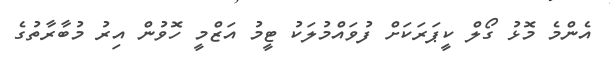
އެންމެ މޮޅު ގޯލް ކީޕަރަކަށް ފުވައްމުލަކު ޓީމު އަޒްމީ ހޮވުން އިރު މުބާރާތުގެ